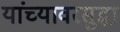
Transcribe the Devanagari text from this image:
यांच्यावरसुद्धा